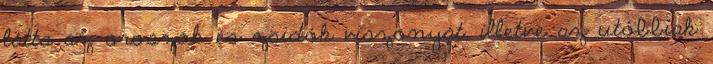
látta az oroszok és zsidók viszonyát, illetve az utóbbiak